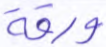
ورقة